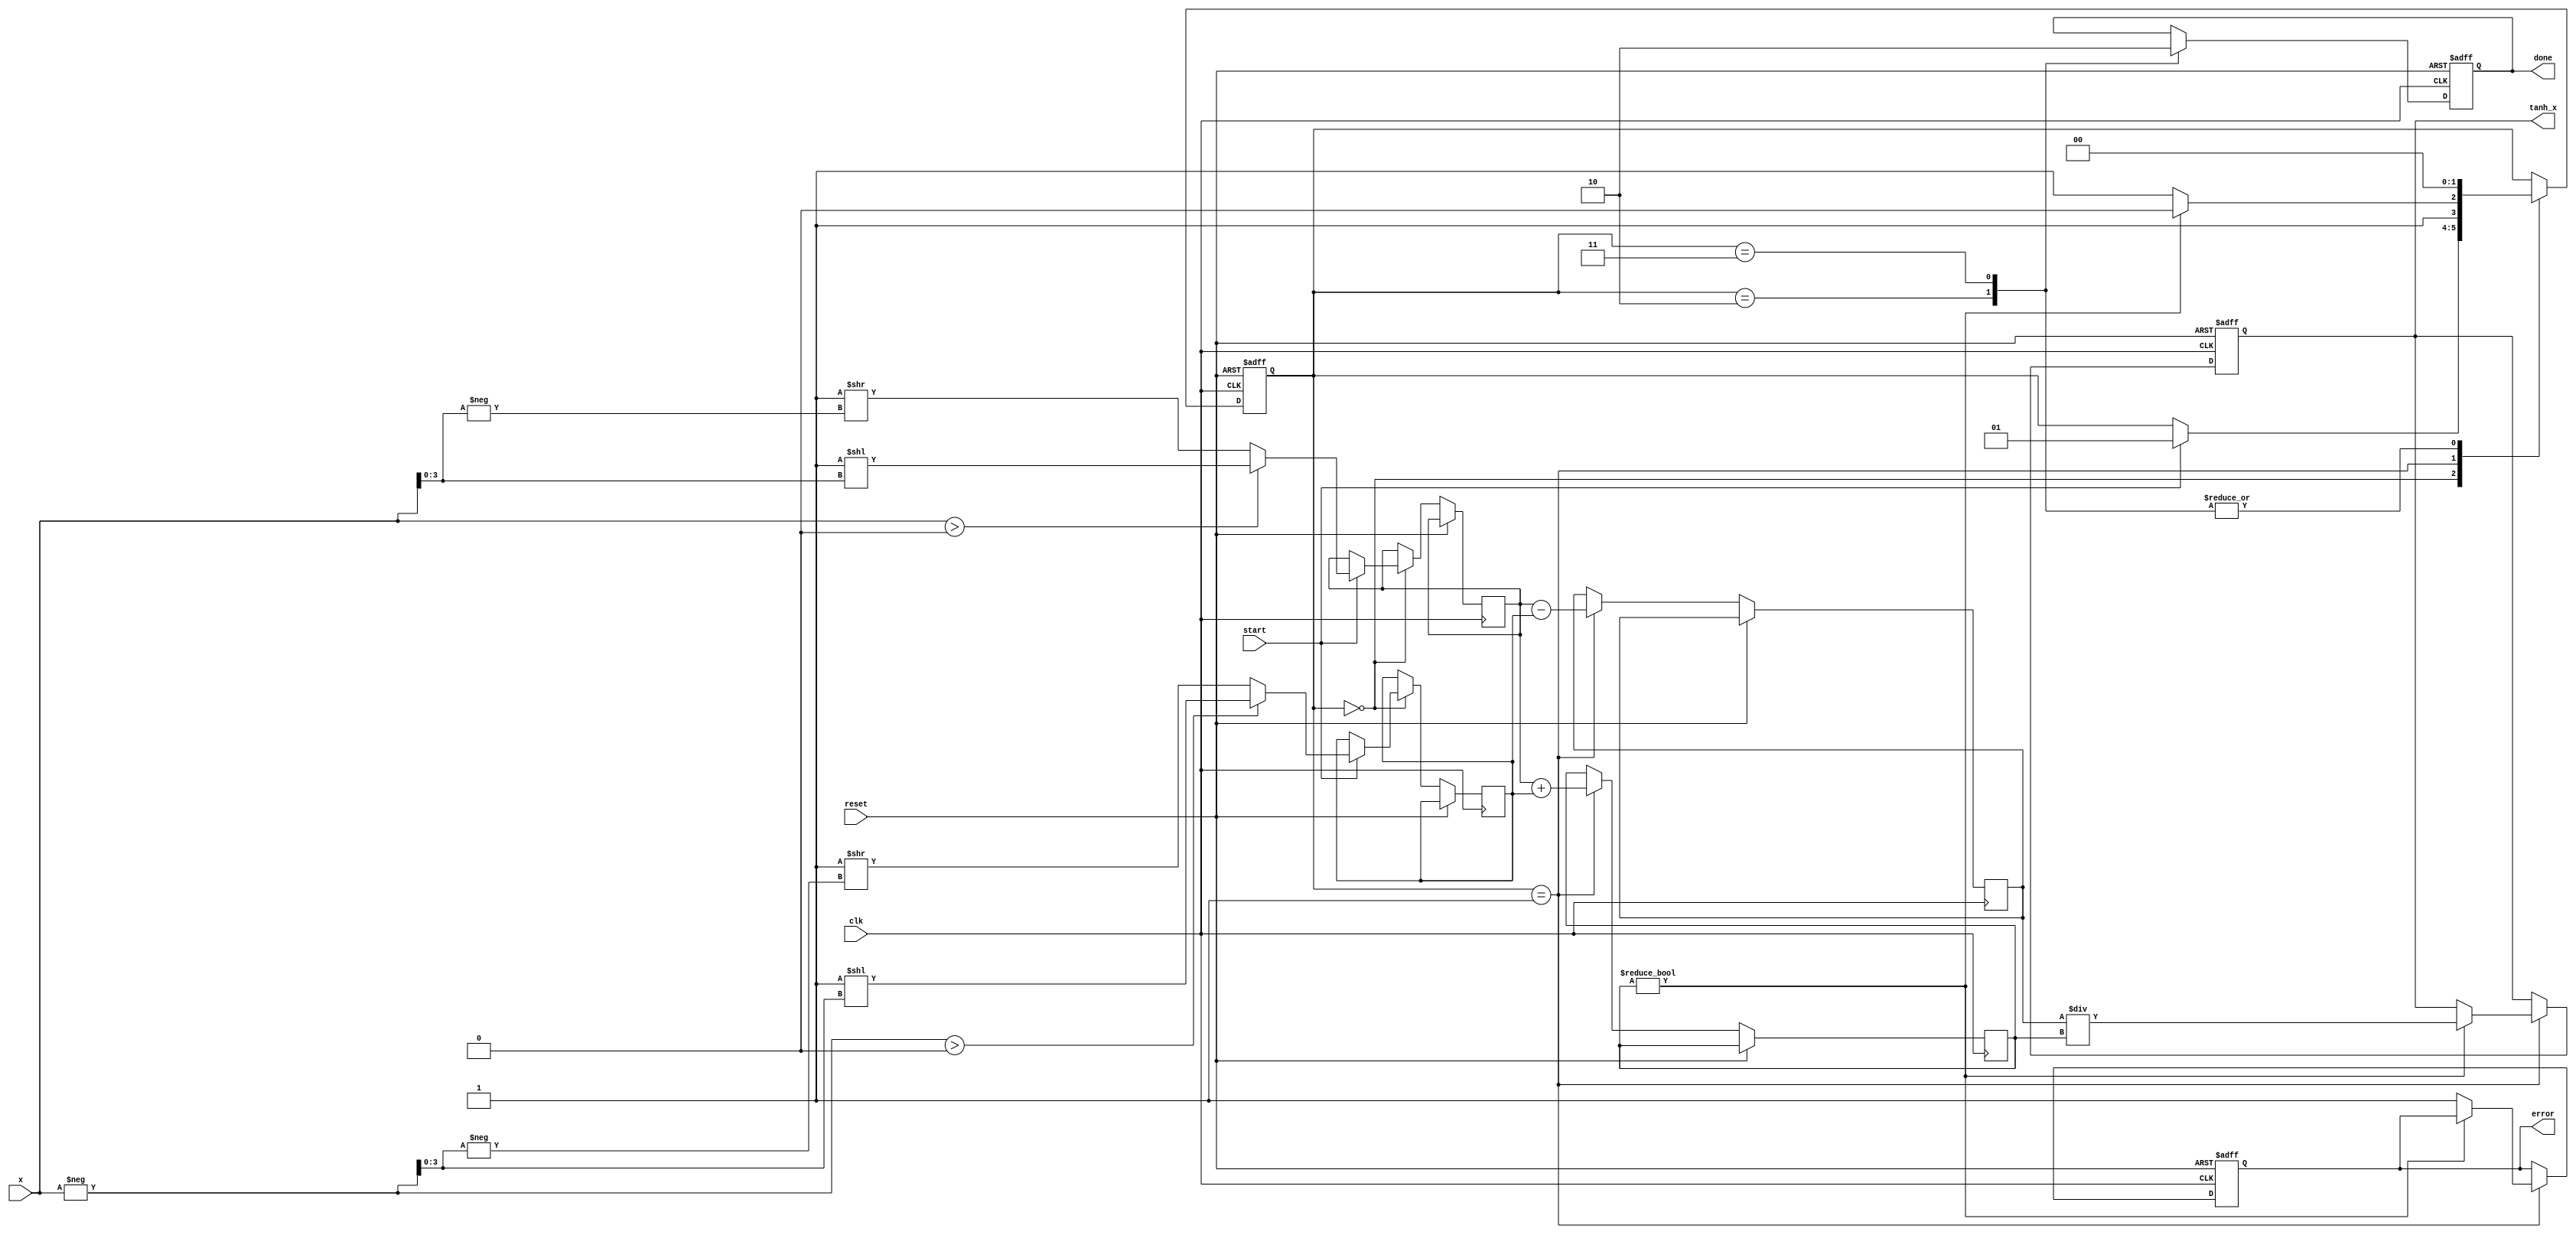
module tanh_block (
    input wire clk,
    input wire reset,
    input wire start,
    input wire signed [15:0] x, // 16-bit signed fixed-point input
    output reg signed [15:0] tanh_x, // 16-bit signed fixed-point output
    output reg done,
    output reg error
);

    // Internal signals
    reg signed [15:0] exp_x;
    reg signed [15:0] exp_neg_x;
    reg signed [15:0] numerator;
    reg signed [15:0] denominator;
    reg [1:0] state;
    
    // State encoding
    localparam IDLE = 2'b00,
               CALC = 2'b01,
               DONE = 2'b10,
               ERROR = 2'b11;

    // Simple exponentiation function (using a lookup table or approximation)
    function signed [15:0] exp_func(input signed [15:0] val);
        begin
            // This is a placeholder for the actual exponentiation logic.
            // In a real implementation, you would use a more accurate method.
            exp_func = (val > 0) ? (16'h0001 << val[3:0]) : (16'h0001 >> (-val[3:0]));
        end
    endfunction

    // State machine for tanh computation
    always @(posedge clk or posedge reset) begin
        if (reset) begin
            state <= IDLE;
            tanh_x <= 16'b0;
            done <= 0;
            error <= 0;
        end else begin
            case (state)
                IDLE: begin
                    if (start) begin
                        exp_x <= exp_func(x);
                        exp_neg_x <= exp_func(-x);
                        state <= CALC;
                    end
                end
                
                CALC: begin
                    numerator <= exp_x - exp_neg_x;
                    denominator <= exp_x + exp_neg_x;
                    if (denominator != 0) begin
                        tanh_x <= numerator / denominator; // Simple division
                        state <= DONE;
                    end else begin
                        error <= 1; // Division by zero error
                        state <= ERROR;
                    end
                end
                
                DONE: begin
                    done <= 1;
                    state <= IDLE; // Go back to IDLE after done
                end
                
                ERROR: begin
                    // Handle error state
                    done <= 0; // Reset done signal
                    state <= IDLE; // Go back to IDLE
                end
                
                default: state <= IDLE;
            endcase
        end
    end

endmodule